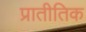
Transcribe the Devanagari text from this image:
प्रातीतिक